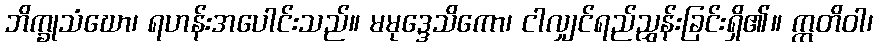
ဘိက္ခုသံဃော၊ ရဟန်းအပေါင်းသည်။ မမုဒ္ဒေသိကော၊ ငါလျှင်ရည်ညွှန်းခြင်းရှိ၏။ ဣတိဝါ၊